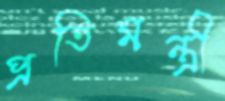
প্রতিমন্ত্রী